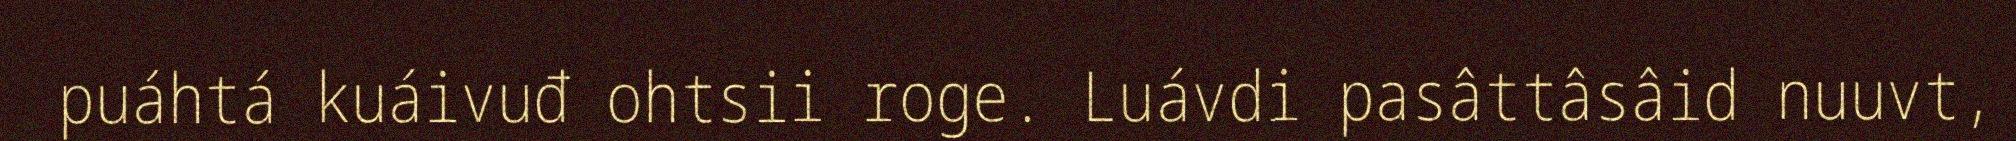
puáhtá kuáivuđ ohtsii roge. Luávdi pasâttâsâid nuuvt,